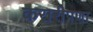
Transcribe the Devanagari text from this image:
करारीपणा